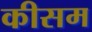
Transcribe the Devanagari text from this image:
कीसम